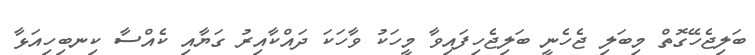
ބަލިޖެހޭގޮތް މިބަލި ޖެހެނީ ބަލިޖެހިފައިވާ މީހަކު ވާހަކަ ދައްކާއިރު ގަޔާއި ކެއްސާ ކިނބިހިއަޅާ